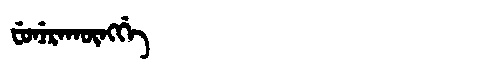
Manchu: ᠸᡠᠨᡝᡵᠠᡴᡡᠩᡤᡝ
Romanization: FUNERAKŪNGGE